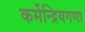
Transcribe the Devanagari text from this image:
कर्मेन्द्रियगणा